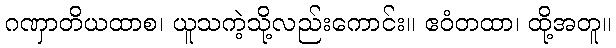
ဂဏှာတိယထာစ၊ ယူသကဲ့သို့လည်းကောင်း။ ဧဝံတထာ၊ ထို့အတူ။